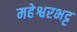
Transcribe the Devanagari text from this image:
महेश्वरभट्ट